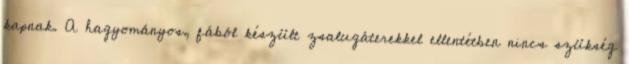
kapnak. A hagyományos, fából készült zsalugáterekkel ellentétben nincs szükség